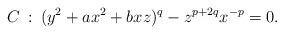
LaTeX: \begin{align*}C\::\:(y^2+ax^2+bxz)^q-z^{p+2q}x^{-p}=0.\end{align*}